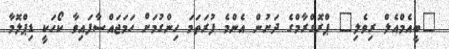
"ބީއެމްއެލް ރިވެލި" ޕްރޮގްރާމްގެ ދަށުން އެންމެ ފުރަތަމަ ހިންގުމަށް ހަމަޖައްސާފައިވާ ކޯހަކީ ޑިޕްލޮމާ